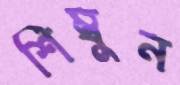
শিম্বুন